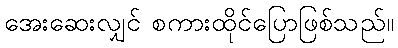
အေးဆေးလျှင် စကားထိုင်ပြောဖြစ်သည်။